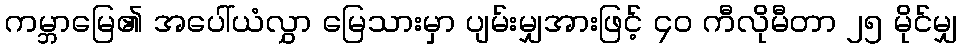
ကမ္ဘာမြေ၏ အပေါ်ယံလွှာ မြေသားမှာ ပျမ်းမျှအားဖြင့် ၄၀ ကီလိုမီတာ ၂၅ မိုင်မျှ